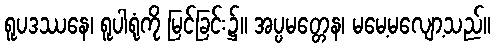
ရူပဒဿနေ၊ ရူပါရုံကို မြင်ခြင်း၌။ အပ္ပမတ္တေန၊ မမေ့မလျော့သည်။